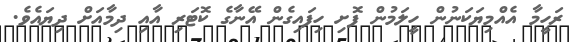
ރަހީމާ އެއްމިޔަކަނުން ހީލަމުން ފޮށި ހިފައިގެން އޭނާގެ ކޮޓަރި އާއި ދިމާއަށް ދިޔައެވެ.